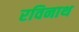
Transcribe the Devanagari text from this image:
रविनाथ